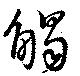
觸